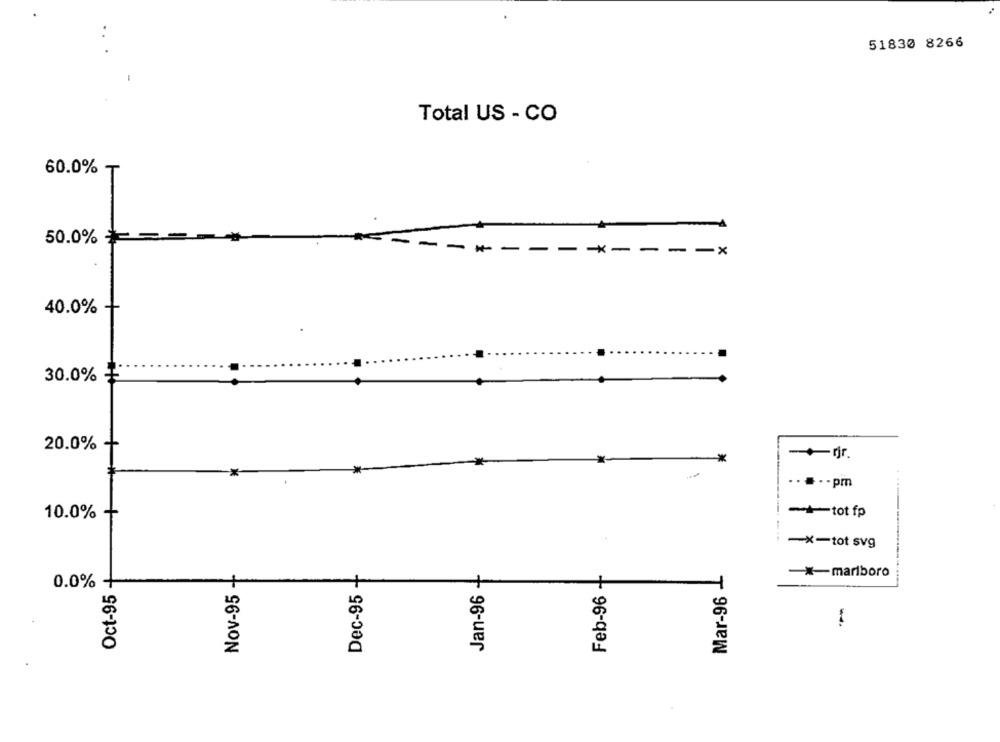
51830 8266
Total US - CO
60.0% ₸
50.0% ==
40.0%
30.0% +
20.0%
*
=+rjr.
.. ..- pm
-.. .
-tot fp
10.0%
-X-tot svg
Feb-96 +
Mar-96 -L
Oct-95 -
Nov-95 -
-* marlboro
0.0% +
+
Dec-95
Jan-96
z